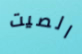
الصيت